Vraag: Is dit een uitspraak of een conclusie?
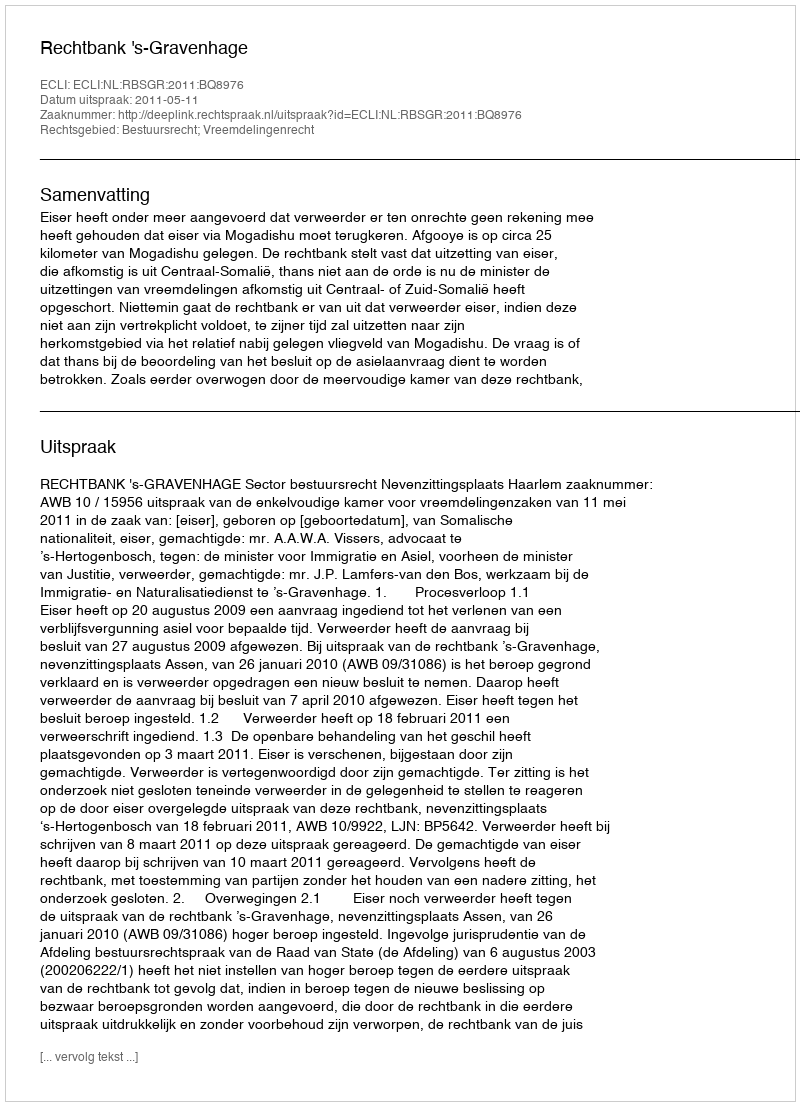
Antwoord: Uitspraak